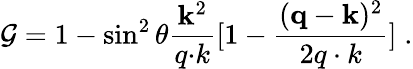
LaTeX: {\cal G}=1-\sin^{2}\theta\frac{{\mathbf k}^{2}}{q{\mathbf\cdot}k}[1-{\frac{({\mathbf q}-{\mathbf k})^{2}}{2q\cdot k}}]\; .